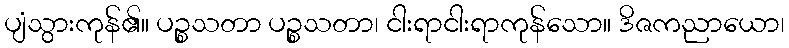
ပျံသွားကုန်၏။ ပဉ္စသတာ ပဉ္စသတာ၊ ငါးရာငါးရာကုန်သော။ ဒိဇကညာယော၊